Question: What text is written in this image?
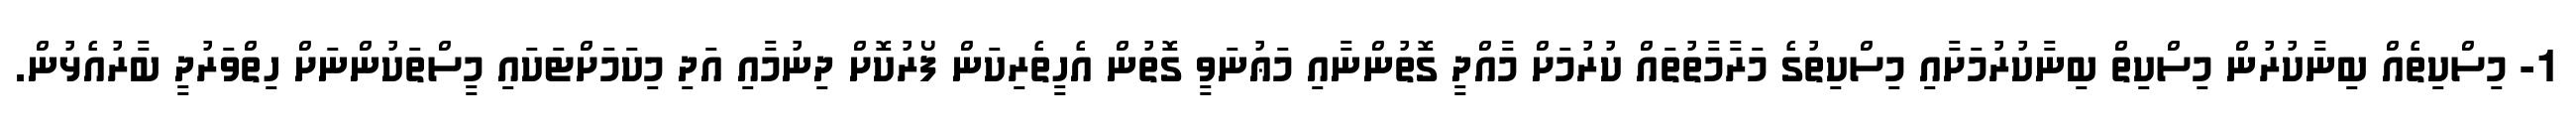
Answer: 1- މިސްކިތެއް ބިނާކުރުން މިސްކިތް ބިނާކުރުމަށާއި މިސްކިތުގެ މަރާމާތުތައް ކުރުމަށް މާއްދީ ގޮތުންނާއި މަޢުނަވީ ގޮތުން އެހީތެރިކަން ފޯރުކޮށް ދިނުމާއި އަދި މިކަމަށްޓަކައި މީސްތަކުންނަށް ހިތްވަރުދީ ބާރުއެޅުން.